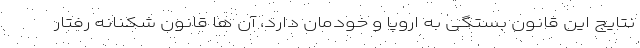
نتایج این قانون بستگی به اروپا و خودمان دارد، آن ها قانون شکنانه رفتار